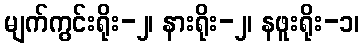
မျက်ကွင်းရိုး-၂၊ နားရိုး-၂၊ နဖူးရိုး-၁၊